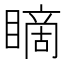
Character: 䁤